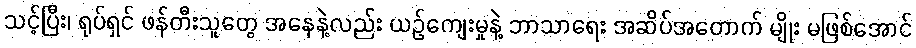
သင့်ပြီး၊ ရုပ်ရှင် ဖန်တီးသူတွေ အနေနဲ့လည်း ယဉ်ကျေးမှုနဲ့ ဘာသာရေး အဆိပ်အတောက် မျိုး မဖြစ်အောင်